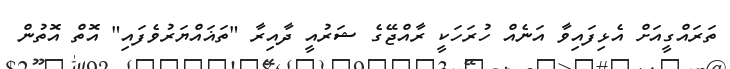
ތަރައްގީއަށް އެޅިފައިވާ އަނެއް ހުރަހަކީ ރާއްޖޭގެ ޝަރުއީ ދާއިރާ "ތަޣައްޔަރުވެފައި" އޮތް އޮތުން